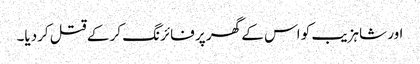
اور شاہزیب کو اس کے گھر پر فائرنگ کر کے قتل کردیا۔